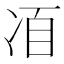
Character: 𠗍